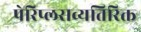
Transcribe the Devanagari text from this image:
पेरिप्लसव्यतिरिक्त